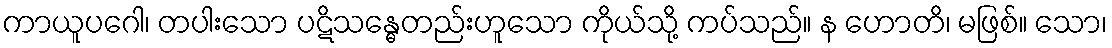
ကာယူပဂေါ၊ တပါးသော ပဋိသန္ဓေတည်းဟူသော ကိုယ်သို့ ကပ်သည်။ န ဟောတိ၊ မဖြစ်။ သော၊